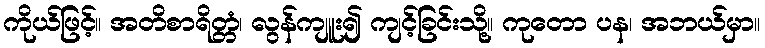
ကိုယ်ဖြင့်။ အတိစာရိတ္တံ၊ လွန်ကျူး၍ ကျင့်ခြင်းသို့။ ကုတော ပန၊ အဘယ်မှာ။